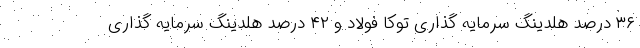
۳۶ درصد هلدینگ سرمایه گذاری توکا فولاد و ۴۲ درصد هلدینگ سرمایه گذاری